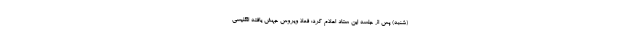
(شنبه) پس از جلسه این ستاد اعلام کرد: فعلا ویروس جهش یافته انگلیسی